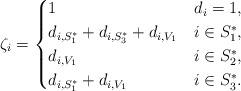
LaTeX: \begin{align*}\zeta_i=\begin{cases}1 & d_i=1,\\d_{i,S_1^*}+d_{i,S_3^*}+d_{i,V_1} & i\in S_1^*,\\d_{i,V_1} & i\in S_2^*,\\d_{i,S_1^*}+d_{i,V_1} & i\in S_3^*.\end{cases}\end{align*}